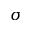
\sigma